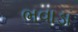
ભવાડા